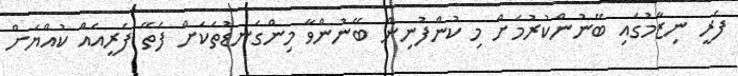
ފެރީ ނިޒާމުގައި ބޭނުންކުރުމަށް މި ކުންފުނިން ބޭނުންވާ މިންގަނޑުތަކަށް ފެތޭ ފެރީއެއް ކުއްޔަށް